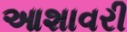
આશાવરી